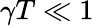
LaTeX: \gamma T\ll 1